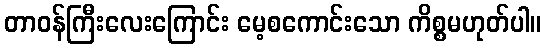
တာဝန်ကြီးလေးကြောင်း မေ့စကောင်းသော ကိစ္စမဟုတ်ပါ။